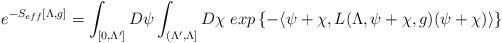
LaTeX: \begin{align*} e^{- S_{eff}[\Lambda, g] } = \int_{[0, \Lambda']} D\psi \int_{ (\Lambda', \Lambda]} D\chi \,\, exp\left\{ - \langle {\psi+ \chi}, L(\Lambda, {\psi+ \chi}, g) ({\psi + \chi }) \rangle \right\}\end{align*}